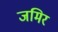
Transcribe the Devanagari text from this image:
जमिर